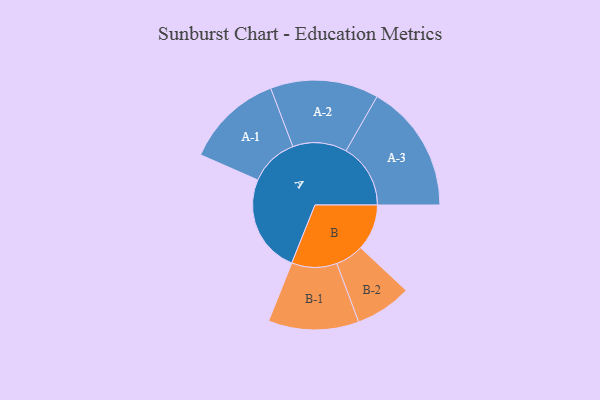
{"axis": {"x": "Segment", "y": "Value"}, "legend": ["", "A", "B"], "data": [{"x": "A", "y": 456, "type": ""}, {"x": "B", "y": 214, "type": ""}, {"x": "A-1", "y": 226, "type": "A"}, {"x": "A-2", "y": 251, "type": "A"}, {"x": "A-3", "y": 299, "type": "A"}, {"x": "B-1", "y": 210, "type": "B"}, {"x": "B-2", "y": 131, "type": "B"}]}